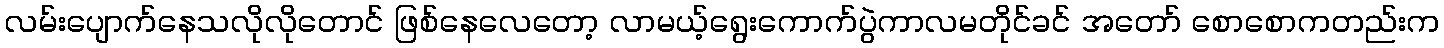
လမ်းပျောက်နေသလိုလိုတောင် ဖြစ်နေလေတော့ လာမယ့်ရွေးကောက်ပွဲကာလမတိုင်ခင် အတော် စောစောကတည်းက